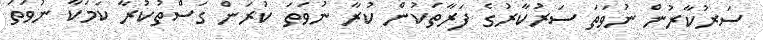
ސަރުކާރުން ނުވަތަ ސަރުކާރުގެ ފަރާތަކުން ކުރާ ނުވަތަ ކުރަން ގަސްތުކުރާ ކަމަކާ ނުވަތަ